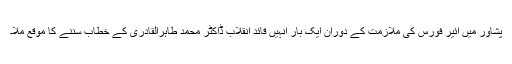
پشاور میں ائیر فورس کی ملازمت کے دوران ایک بار انہیں قائد انقلاب ڈاکٹر محمد طاہرالقادری کے خطاب سننے کا موقع ملا۔